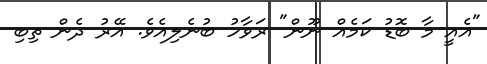
"އެއީ މާ ބޮޑު ކަމެއް ނޫން" ރަވާހު ބުނެލިއެވެ. އޭރު ދެން ތިބި